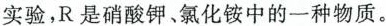
实验，R是硝酸钾、氯化铵中的一种物质。